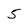
Character: 5